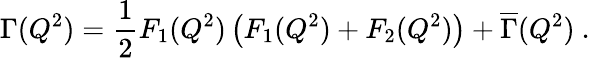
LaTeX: \Gamma(Q^{2})={\frac{1}{2}}F_{1}(Q^{2})\left(F_{1}(Q^{2})+F_{2}(Q^{2})\right)+{\overline{{\Gamma}}}(Q^{2})\ .